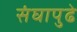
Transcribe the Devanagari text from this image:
संघापुढे